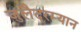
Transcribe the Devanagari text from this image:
जुलैदरम्यान